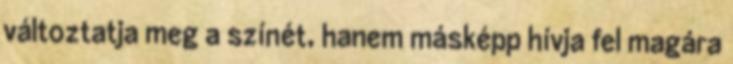
változtatja meg a színét, hanem másképp hívja fel magára